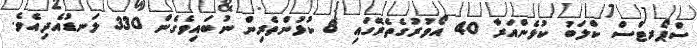
ސްޕޯރޓްސް ކްލަބު ކުޅެންއަރާ 40 އޯވަުރުގެެެެެެެެެެެެެެެެެެެެެެެެެެތެރޭގައި 8 ކުޅުންތެރިން ނުބައިވެގެން 330 ލަނޑުއެދިއެވެ.